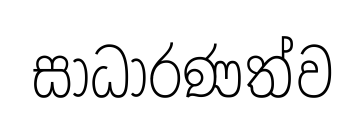
සාධාරණත්ව